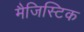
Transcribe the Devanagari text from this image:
मैजिस्टिक